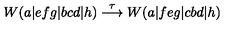
W ( a | e f g | b c d | h ) \stackrel { \tau } { \longrightarrow } W ( a | f e g | c b d | h )